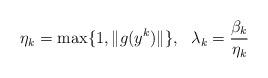
LaTeX: \begin{align*}\eta_k=\max\{1,\|g(y^k)\|\},\ \ \lambda_k=\dfrac{\beta_k}{\eta_k}\end{align*}